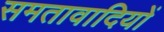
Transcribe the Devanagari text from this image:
समतावादियों